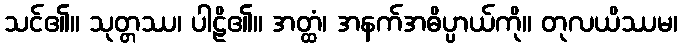
သင်၏။ သုတ္တဿ၊ ပါဠိ၏။ အတ္ထံ၊ အနက်အဓိပ္ပာယ်ကို။ တုလယိဿမ၊